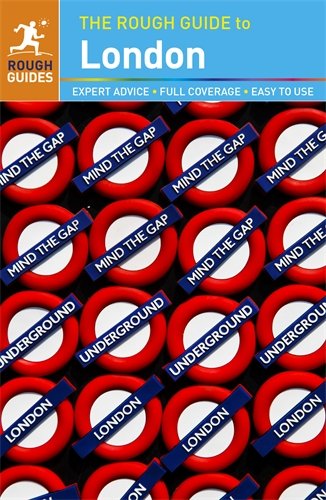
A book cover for The Rough Guide to London; Rob Humphreys; Travel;